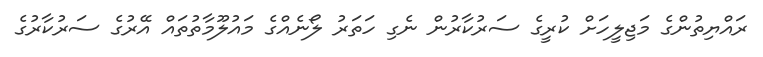
ރައްޔިތުންގެ މަޖިލީހަށް ކުރީގެ ސަރުކާރުން ނެގި ހަތަރު ލޯނެއްގެ މައުލޫމާތުތައް އޭރުގެ ސަރުކާރުގެ